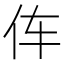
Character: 伡